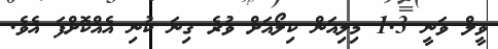
ވީލް ވަނީ 1.3 މިލިއަން ކިލޯއަށް ވުރެ ގިނަ ކުނި އެއްކޮށްފަ އެވެ.